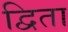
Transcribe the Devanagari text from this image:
द्विता